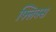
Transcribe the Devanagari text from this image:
फ्लिक्स